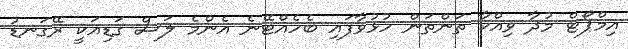
އިމްޕޯޓް މުދާ ވިއްކާ ތަންތަން ހުޅުވާފައި ބެހެއްޓޭނެ އެންމެ ލަސް ގަޑިއަކީ ރޭގަނޑު